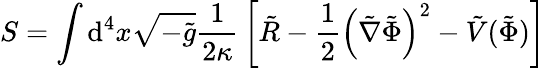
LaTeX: S=\int\mathrm{d}^{4}x{\sqrt{-{\tilde{g}}}}{\frac{1}{2\kappa}}\left[{\tilde{R}}-{\frac{1}{2}}\left({\tilde{\nabla}}{\tilde{\Phi}}\right)^{2}-{\tilde{V}}({\tilde{\Phi}})\right]